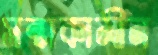
সন্ধাকালীন